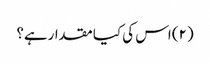
(۲) اس کی کیا مقدارہے؟